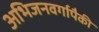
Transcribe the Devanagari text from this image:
अभिजनवर्गापैकी